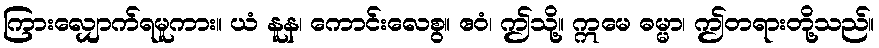
ကြားလျှောက်ရမူကား။ ယံ နူန၊ ကောင်းလေစွ။ ဧဝံ၊ ဤသို့။ ဣမေ ဓမ္မာ၊ ဤတရားတို့သည်။